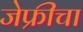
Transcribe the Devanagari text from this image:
जेफ्रीचा